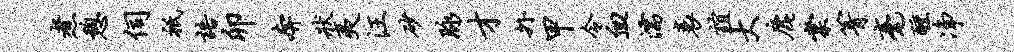
煮憩伺只语卯奔状夷汪砂脉才外甲令血濡衰谊大鹿棠箐毫醺净